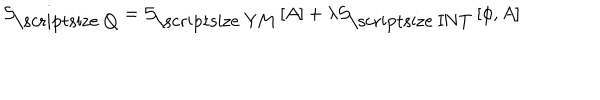
LaTeX: { \mathcal S } _ { \mathrm { \scriptsize ~ Q } } = { \mathcal S } _ { \mathrm { \scriptsize ~ Y M } } \left[ A \right] + \lambda { \mathcal S } _ { \mathrm { \scriptsize ~ I N T } } \left[ \phi , A \right]